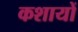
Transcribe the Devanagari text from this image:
कशायों